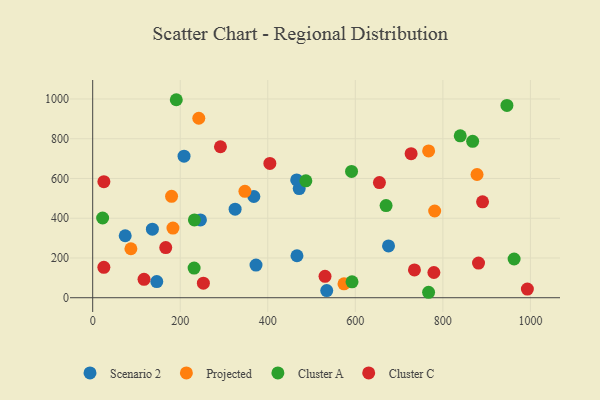
{"axis": {"x": "Experience", "y": "Profit"}, "legend": ["Cluster A", "Cluster C", "Projected", "Scenario 2"], "data": [{"x": "74.3", "y": 311.9, "type": "Scenario 2"}, {"x": "675.9", "y": 260.6, "type": "Scenario 2"}, {"x": "325.4", "y": 445.3, "type": "Scenario 2"}, {"x": "534.7", "y": 36.0, "type": "Scenario 2"}, {"x": "208.7", "y": 712.2, "type": "Scenario 2"}, {"x": "471.8", "y": 549.1, "type": "Scenario 2"}, {"x": "466.1", "y": 592.6, "type": "Scenario 2"}, {"x": "146.4", "y": 81.4, "type": "Scenario 2"}, {"x": "466.7", "y": 211.1, "type": "Scenario 2"}, {"x": "246.2", "y": 391.4, "type": "Scenario 2"}, {"x": "136.4", "y": 344.8, "type": "Scenario 2"}, {"x": "373.1", "y": 164.5, "type": "Scenario 2"}, {"x": "368.2", "y": 509.3, "type": "Scenario 2"}, {"x": "878.1", "y": 620.0, "type": "Projected"}, {"x": "767.5", "y": 738.6, "type": "Projected"}, {"x": "180.2", "y": 510.2, "type": "Projected"}, {"x": "183.4", "y": 350.2, "type": "Projected"}, {"x": "87.3", "y": 246.4, "type": "Projected"}, {"x": "574.1", "y": 69.8, "type": "Projected"}, {"x": "781.3", "y": 436.3, "type": "Projected"}, {"x": "242.4", "y": 902.9, "type": "Projected"}, {"x": "347.8", "y": 535.3, "type": "Projected"}, {"x": "22.7", "y": 401.0, "type": "Cluster A"}, {"x": "868.1", "y": 787.0, "type": "Cluster A"}, {"x": "839.7", "y": 814.8, "type": "Cluster A"}, {"x": "670.3", "y": 463.5, "type": "Cluster A"}, {"x": "232.4", "y": 391.3, "type": "Cluster A"}, {"x": "946.4", "y": 967.6, "type": "Cluster A"}, {"x": "962.8", "y": 194.9, "type": "Cluster A"}, {"x": "487.0", "y": 588.1, "type": "Cluster A"}, {"x": "591.4", "y": 635.4, "type": "Cluster A"}, {"x": "767.4", "y": 27.4, "type": "Cluster A"}, {"x": "592.5", "y": 80.1, "type": "Cluster A"}, {"x": "231.7", "y": 149.1, "type": "Cluster A"}, {"x": "191.0", "y": 996.2, "type": "Cluster A"}, {"x": "779.5", "y": 126.9, "type": "Cluster C"}, {"x": "727.5", "y": 725.0, "type": "Cluster C"}, {"x": "655.1", "y": 579.5, "type": "Cluster C"}, {"x": "530.8", "y": 107.4, "type": "Cluster C"}, {"x": "890.7", "y": 482.4, "type": "Cluster C"}, {"x": "881.5", "y": 174.4, "type": "Cluster C"}, {"x": "404.8", "y": 675.5, "type": "Cluster C"}, {"x": "993.1", "y": 43.5, "type": "Cluster C"}, {"x": "25.6", "y": 584.1, "type": "Cluster C"}, {"x": "735.1", "y": 139.9, "type": "Cluster C"}, {"x": "117.3", "y": 92.5, "type": "Cluster C"}, {"x": "166.9", "y": 252.5, "type": "Cluster C"}, {"x": "291.9", "y": 759.7, "type": "Cluster C"}, {"x": "25.5", "y": 152.9, "type": "Cluster C"}, {"x": "252.9", "y": 73.1, "type": "Cluster C"}]}